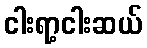
ငါးရာ့ငါးဆယ်